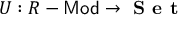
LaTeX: U : R - { \mathsf { M o d } } \to { \textbf { S e t } }